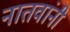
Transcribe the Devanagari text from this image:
नातवांनी